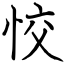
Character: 恔